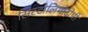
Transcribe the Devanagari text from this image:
सिस्टोलिथोटोमी